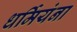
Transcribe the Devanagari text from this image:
धर्मियंना